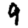
Digit: 9